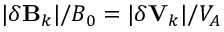
| \delta \mathbf { B } _ { k } | / B _ { 0 } = | \delta \mathbf { V } _ { k } | / V _ { A }